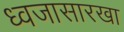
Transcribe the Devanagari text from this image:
ध्वजासारखा